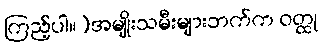
ကြည့်ပါ။)အမျိုးသမီးများဘက်က ဝတ္ထု